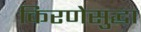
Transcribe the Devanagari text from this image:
किरणेसुद्धा